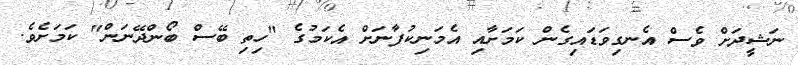
ނަޝީދަށް ވެސް އެނގިވަޑައިގެން ކަމަށާއި އެމަނިކުފާނަށް އެކަމުގެ "ހިތި ބޭސް ބޯންދޭނަން" ކަމަށެވެ.